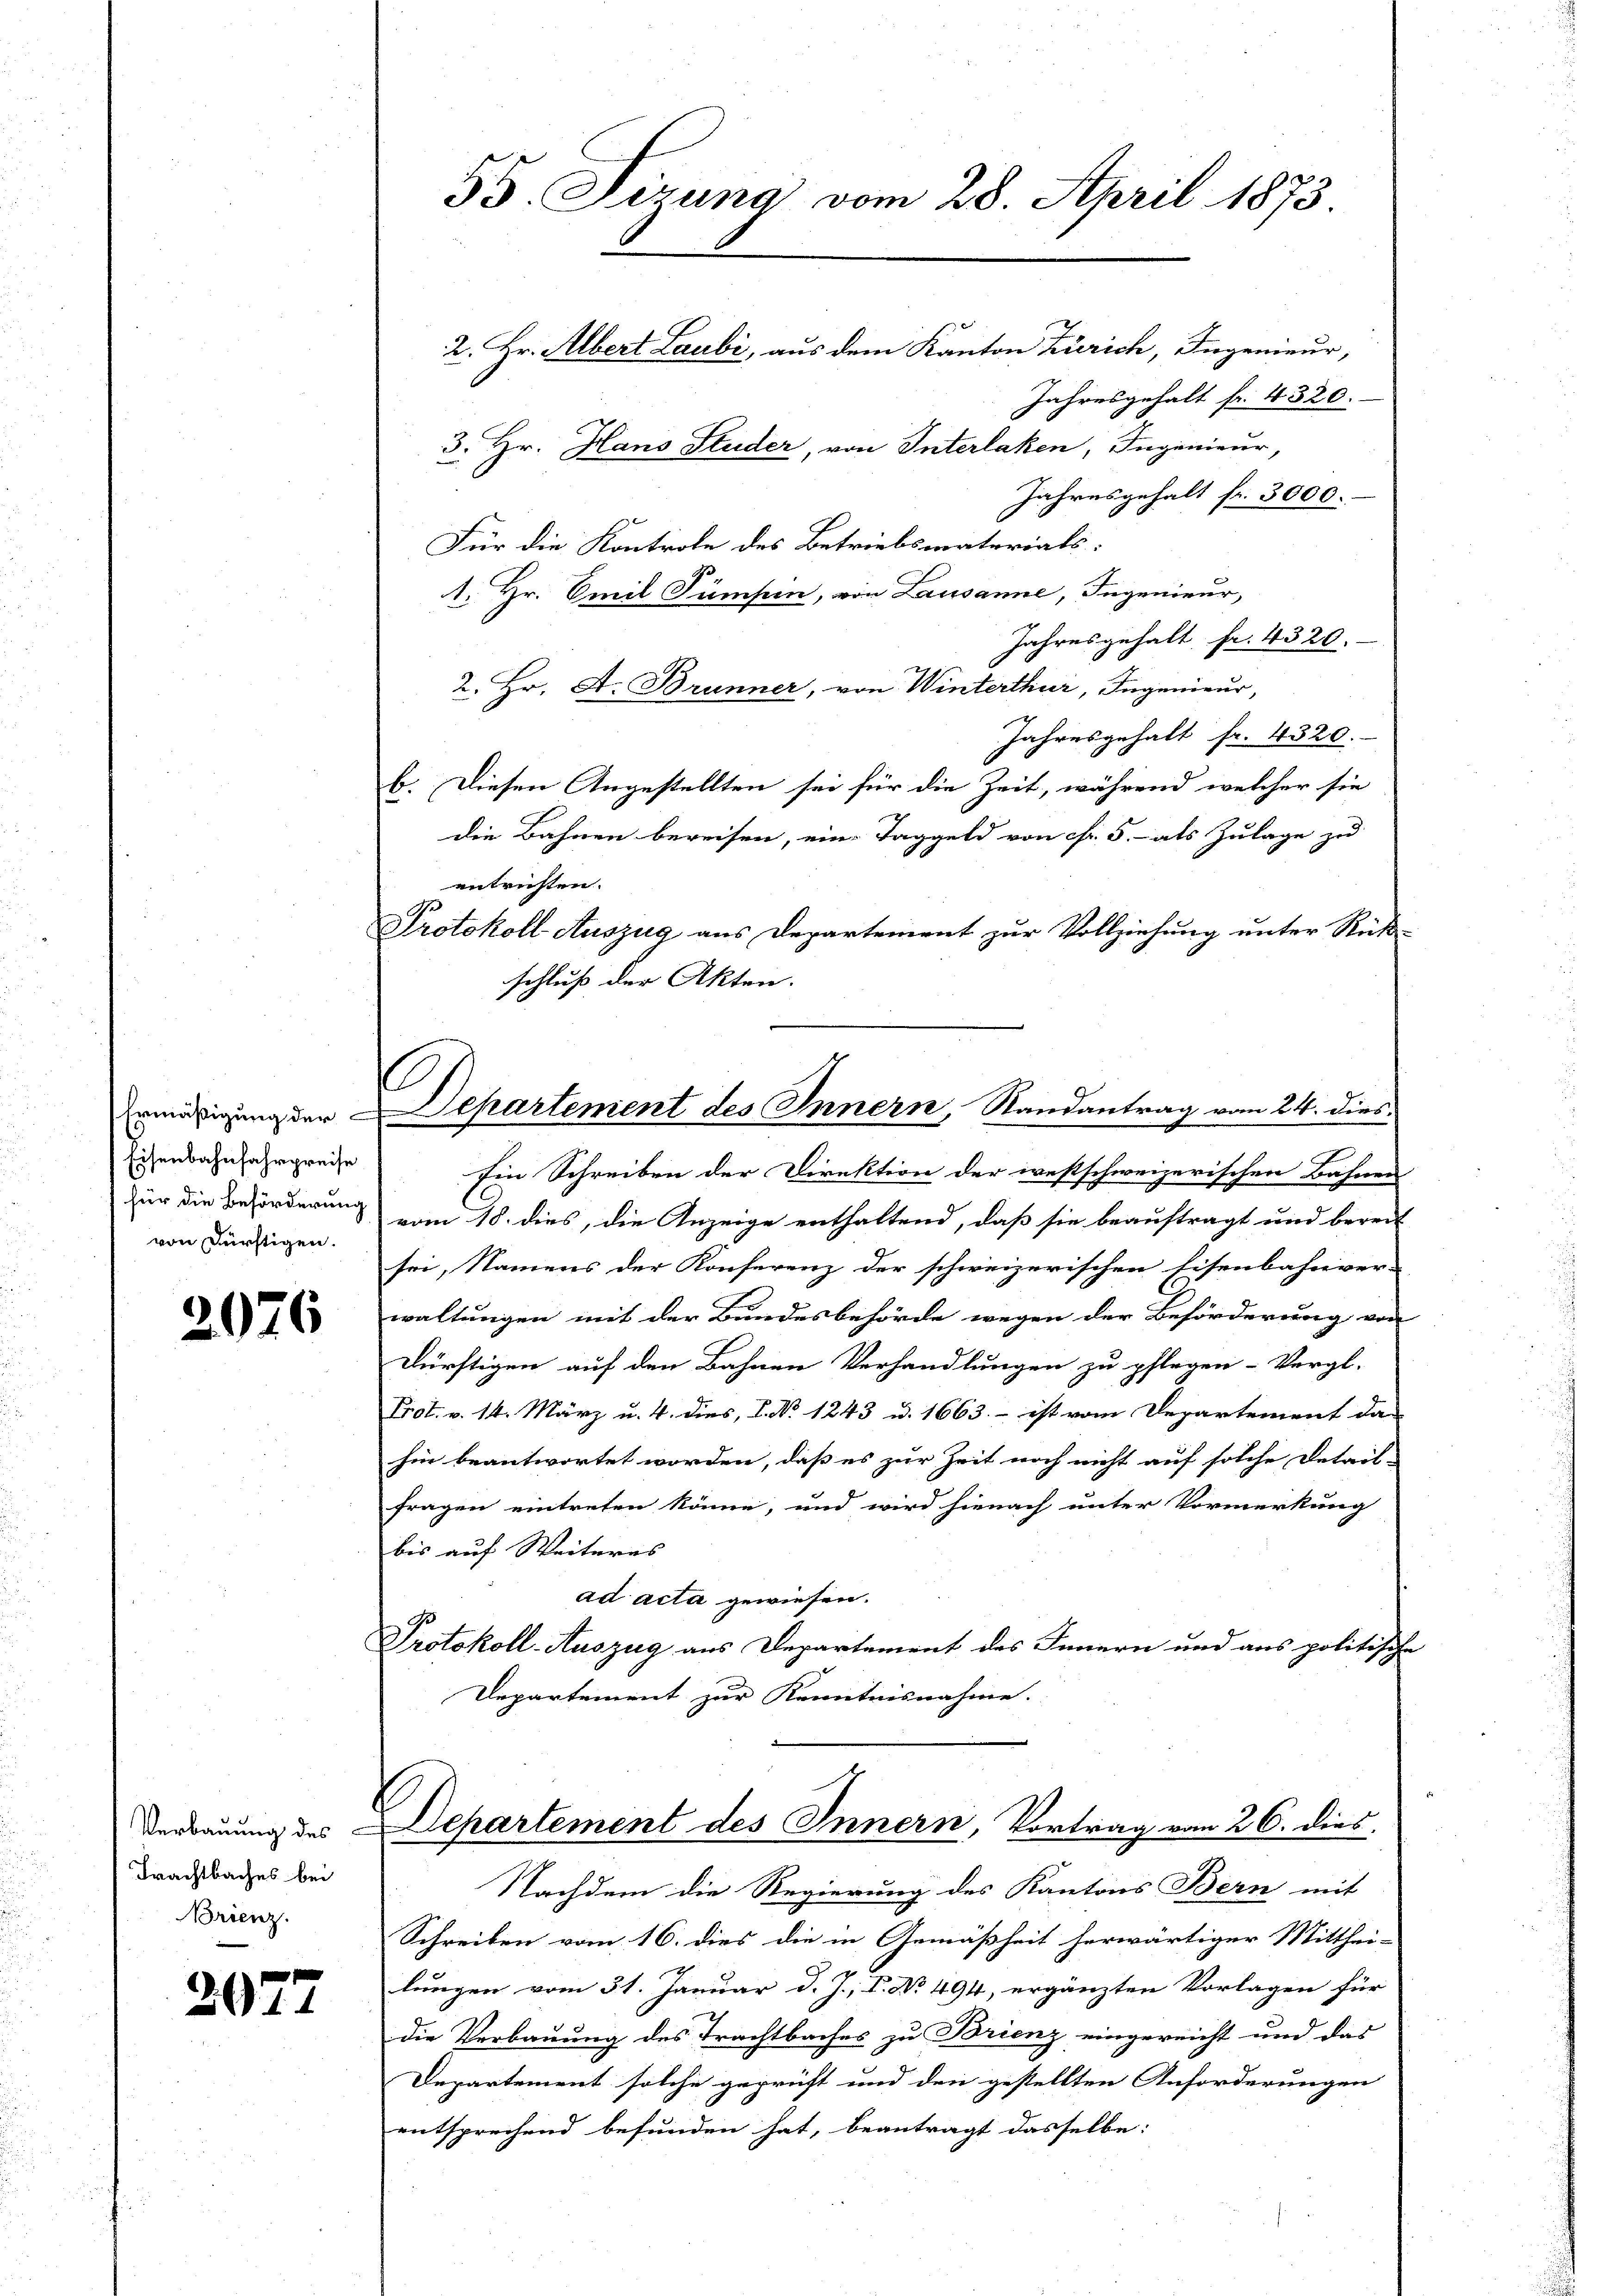
Eisenbahnfahrpreise
für die Beförderung
von Dürftigen.

2976

Verbauung des
Trachtbaches bei
Brienz.

207

d

55. Sirung vom 28. April 1873
2. Hr. Albert Laubi, aus dem Kanton Zürich, Ingenieur,
Jahresgehalt fr. 4320.
3. Hr. Hans Studer, von Interlaken, Ingenieur,

Jahresgehalt fr. 3000.-
Für die Kontrole des Betriebsmaterials:
1. Hr. Emil Tümpen, von Lausanne, Ingenieur,
Jahresgehalt fr. 4320.
2. Hr. A. Brunner, von Winterthur, Ingenieur,
Jahresgehalt fr. 4320.
b. Diesen Angestellten sei für die Zeit, während welcher sie
die Bahnen bereisen, eine Taggeld von Fr. 5.- als Zulage zu
entrichten.
Protokoll Auszug aus Departement zur Vollziehung unter Rück-
schluß der Akten.
Ein Schreiben der Direktion der westschweizerischen Bahnen
vom 18. dies, die Anzeige enthaltend, daß sie beauftragt und bereit
sei, Namens der Konferenz der schweizerischen Eisenbahnver-
waltungen mit der Bundesbehörde wegen der Beförderung von
dürftigen auf den Bahnen Verhandlungen zu pflegen- Vergl.
Prot. v. 14. März u. 4. dies, 1. No 1243 u. 1663. - ist vom Departement da
hin beantwortet worden, daß es zur Zeit noch nicht auf solche Detail-
fragen eintreten könne, und wird hienach unter Vormerkung
bis auf Weiteres
ad acta gewiesen.
Protokoll-Auszug aus Departement des Innern und aus politische
Departement zur Kenntnisnahme.
Departement des Innern, Vortrag vom 26. dies
Nachdem die Regierung des Kantons Bern mit
Schreiben vom 16. dies die in Gemäßheit herwärtiger Mitthei-
lungen vom 31. Januar d. J., V. No 494, ergänzten Vorlagen für
die Verbauung des Trachtbaches zu Brienz eingereicht und das
Departement solche geprüft und den gestellten Anforderungen
entsprechend befunden hat, beantragt dasselbe:

s
eneigung der Departement des Innern, Randantrag vom 24. dies